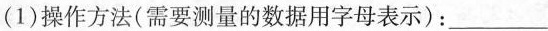
(1)操作方法(需要测量的数据用字母表示)：___